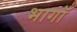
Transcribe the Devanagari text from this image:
भागॉ